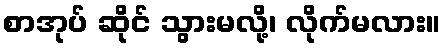
စာအုပ် ဆိုင် သွားမလို့၊ လိုက်မလား။